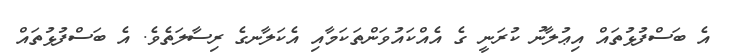
އެ ބަސްފުޅުތައް އިޢުލާނު ކުރަނީ ގެ އެއްކައުވަންތަކަމާއި އެކަލާނގެ ރިސާލަތެވެ. އެ ބަސްފުޅުތައް